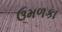
ઉમળકા